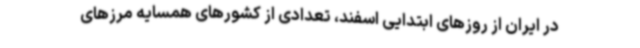
در ایران از روزهای ابتدایی اسفند، تعدادی از کشورهای همسایه مرزهای